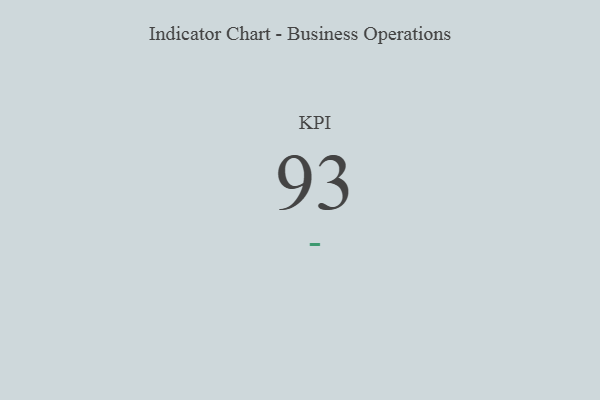
{"axis": {"x": "KPI", "y": "Value"}, "legend": [""], "data": [{"x": "KPI", "y": 93, "type": ""}]}